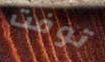
توفت